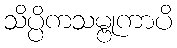
သိပ္ပိကသမ္ဗုကာပိ